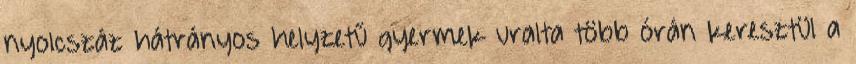
nyolcszáz hátrányos helyzetű gyermek uralta több órán keresztül a